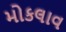
મોકલાવ